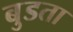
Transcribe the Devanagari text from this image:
बुडता